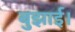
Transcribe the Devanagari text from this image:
बुझाई।